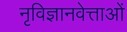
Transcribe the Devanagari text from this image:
नृविज्ञानवेत्ताओं